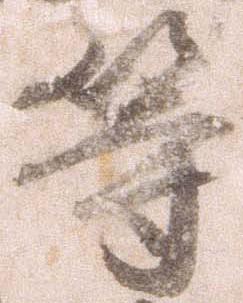
等